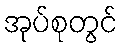
အုပ်စုတွင်